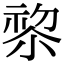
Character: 𭕋